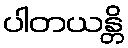
ပါတယန္တိ